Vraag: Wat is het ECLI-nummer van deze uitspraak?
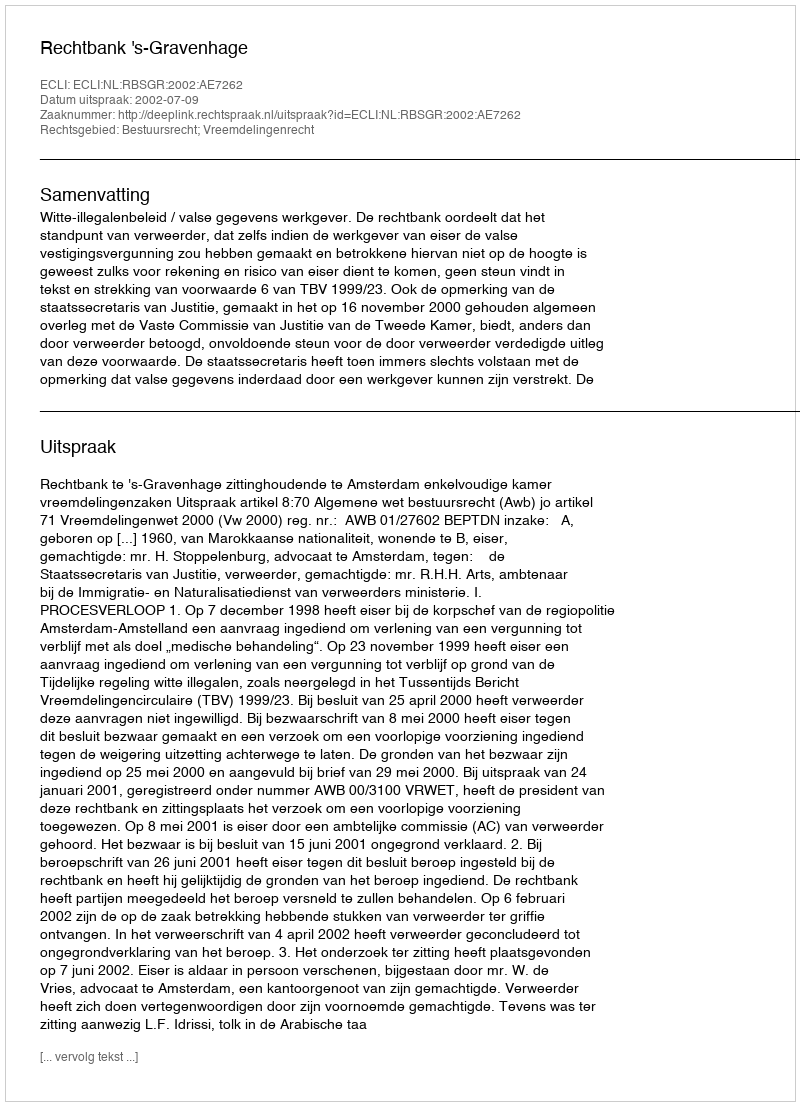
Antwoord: ECLI:NL:RBSGR:2002:AE7262